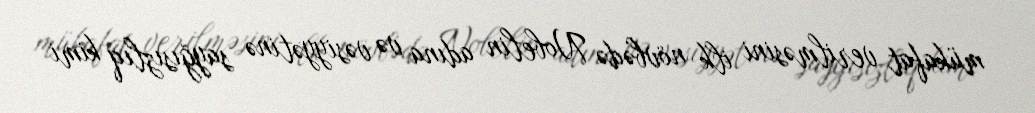
mükafat verilməsini ilk növbədə Nobelin adına və vəsiyyətinə sayğısızlıq kimi